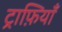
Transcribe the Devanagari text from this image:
ट्राफ़ियाँ